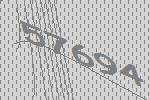
57694